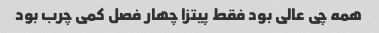
همه چی عالی بود فقط پیتزا چهار فصل کمی چرب بود